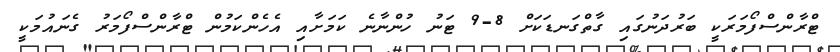
ޓްރާންސްފޯމަރަކީ ބަރުދަނުގައި ގާތްގަނޑަކަށް 8-9 ޓަނު ހުންނާނެ ކަަމަށާއި އެހެންކަމުން ޓްރާންސްފޯމަރު ގެނައުމަކީ